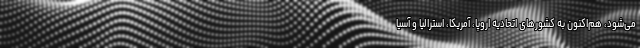
می‌شود، هم‌اکنون به کشورهای اتحادیه اروپا، آمریکا، استرالیا و آسیا